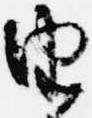
由